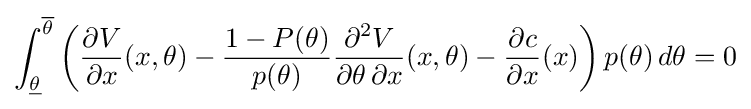
\int _{\underline {\theta }}^{\overline {\theta }}\left({\frac {\partial V}{\partial x}}(x,\theta )-{\frac {1-P(\theta )}{p(\theta )}}{\frac {\partial ^{2}V}{\partial \theta \,\partial x}}(x,\theta )-{\frac {\partial c}{\partial x}}(x)\right)p(\theta )\,d\theta =0